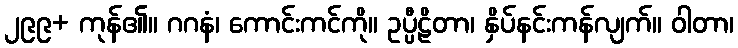
၂၉၉+ ကုန်၏။ ဂဂနံ၊ ကောင်းကင်ကို။ ဥပ္ပီဠိတာ၊ နှိပ်နင်းကန်လျက်။ ဝါတာ၊